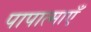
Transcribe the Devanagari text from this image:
पापात्माएँ